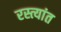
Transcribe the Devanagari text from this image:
रस्त्यांत